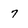
Character: 7